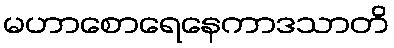
မဟာစောရေနေကာဒသာတိ